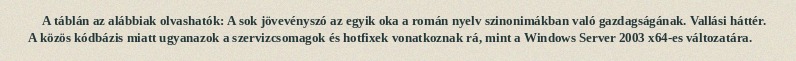
A táblán az alábbiak olvashatók: A sok jövevényszó az egyik oka a román nyelv szinonimákban való gazdagságának. Vallási háttér. A közös kódbázis miatt ugyanazok a szervizcsomagok és hotfixek vonatkoznak rá, mint a Windows Server 2003 x64-es változatára.